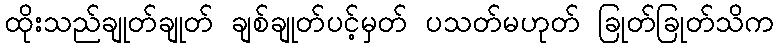
ထိုးသည်ချုတ်ချုတ် ချစ်ချုတ်ပင့်မှတ် ပသတ်မဟုတ် ခြုတ်ခြုတ်သိက